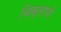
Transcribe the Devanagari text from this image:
चिक्लायो